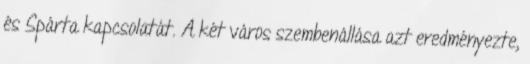
és Spárta kapcsolatát. A két város szembenállása azt eredményezte,